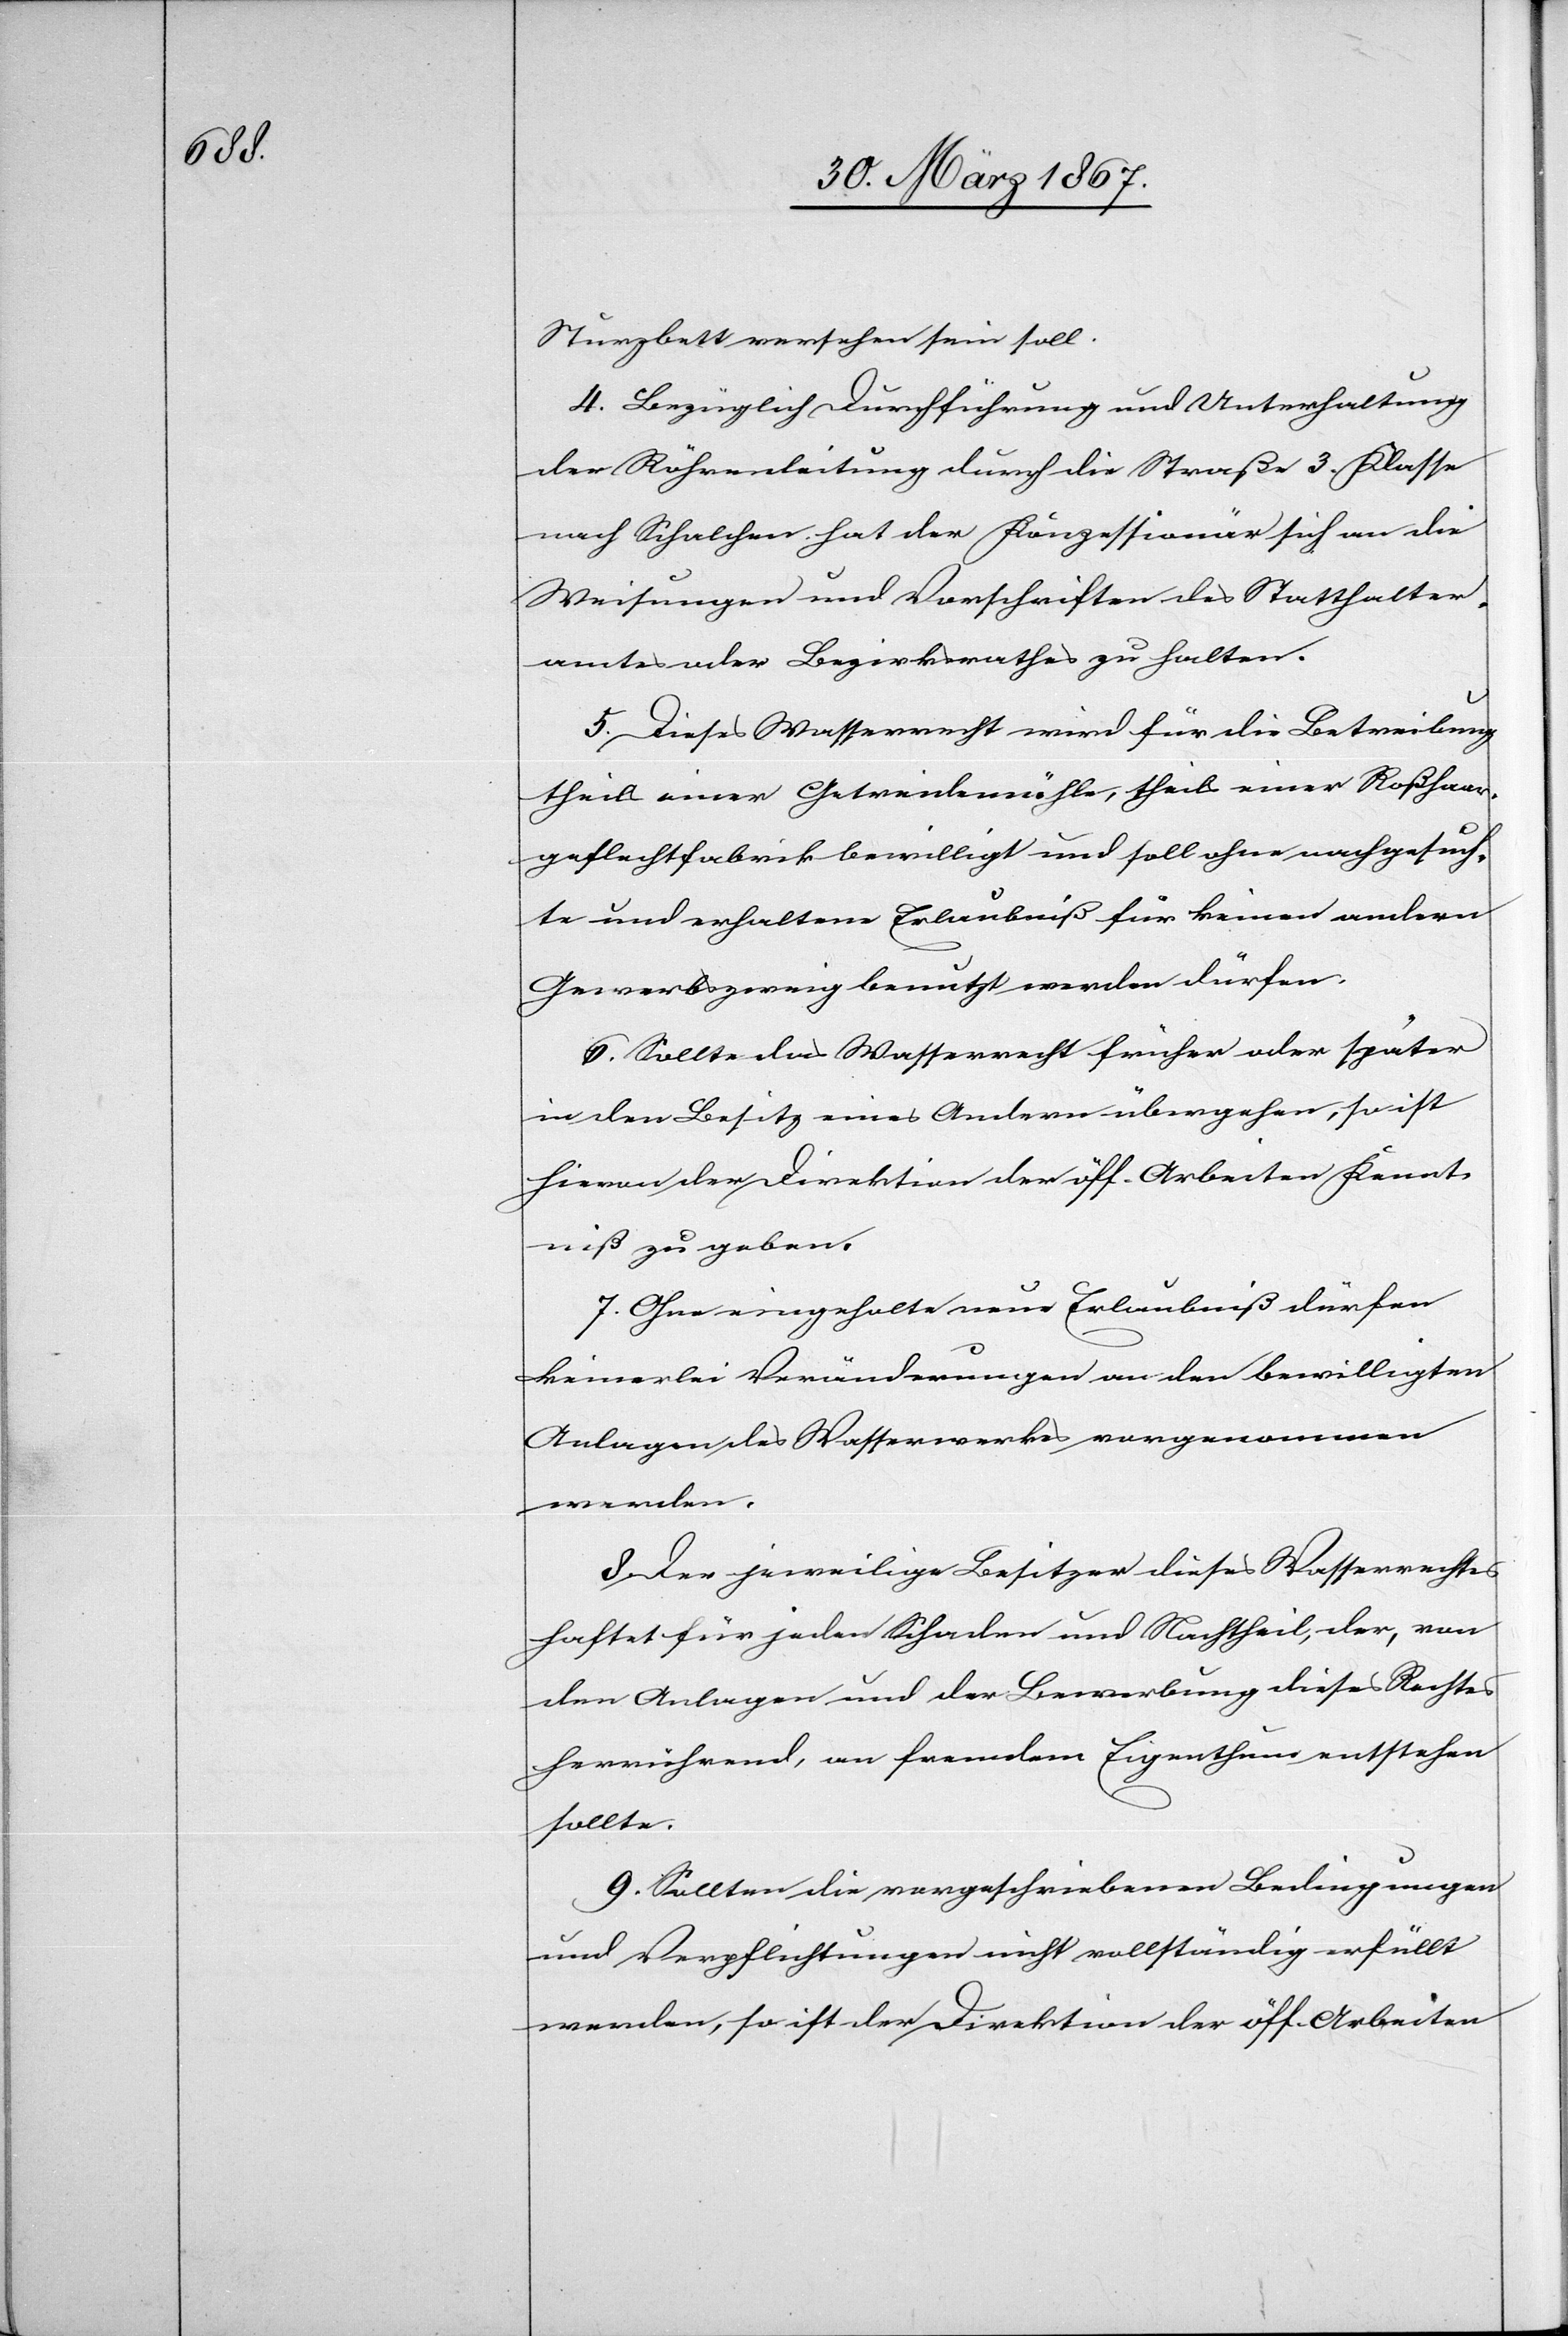
Sturzbett versehen sein soll.
4. Bezüglich Durchführung und Unterhaltung
der Röhrenleitung durch die Straße 3. Klasse
nach Schalchen hat der Konzessionär sich an die
Weisungen und Vorschriften des Statthalter¬
amtes oder Bezirksrathes zu halten.
5. Dieses Wasserrecht wird für die Betreibung
theils einer Getreidemühle, theils einer Roßhaar¬
geflechtfabrik bewilligt und soll ohne nachgesuch¬
te und erhaltene Erlaubniß für keinen andern
Gewerbszweig benutzt werden dürfen.
6. Sollte das Wasserrecht früher oder später
in den Besitz eines Andern übergehen, so ist
hievon der Direktion der öff. Arbeiten Kennt¬
niß zu geben.
7. Ohne eingeholte Erlaubniß dürfen
keinerlei Veränderungen an den bewilligten
Anlagen des Wasserwerkes vorgenommen
werden.
8. Der jeweilige Besitzer dieses Wasserrechtes
haftet für jeden Schaden und Nachtheil, der, von
den Anlagen und der Bewerbung dieses Rechtes
herrührend, an fremdem Eigenthum entstehen
sollte.
9. Sollten die vorgeschriebenen Bedingungen
und Verpflichtungen nicht vollständig erfüllt
werden, so ist der Direktion der öff. Arbeiten